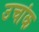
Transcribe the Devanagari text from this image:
उचांक